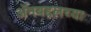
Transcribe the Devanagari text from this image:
अॅनबद्दलच्या